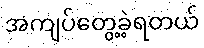
အကျပ်တွေ့ခဲ့ရတယ်